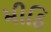
મીઠિ